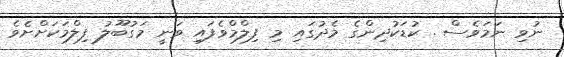
ނުވި ނަމަވެސް . ކުޑަކުދިންގެ މެދުގައި މި ފިލްމްވެފައި ވަނީ މަގުބޫލު ފިލްމަކަށްށެވެ